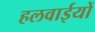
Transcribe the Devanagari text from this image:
हलवाईयों